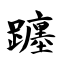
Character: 躔